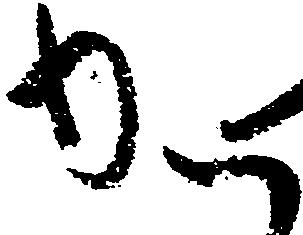
か